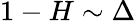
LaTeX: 1-H\sim\Delta